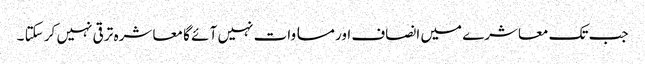
جب تک معاشرے میں انصاف اور مسا وات نہیں آ ئے گا معا شرہ تر قی نہیں کر سکتا ۔